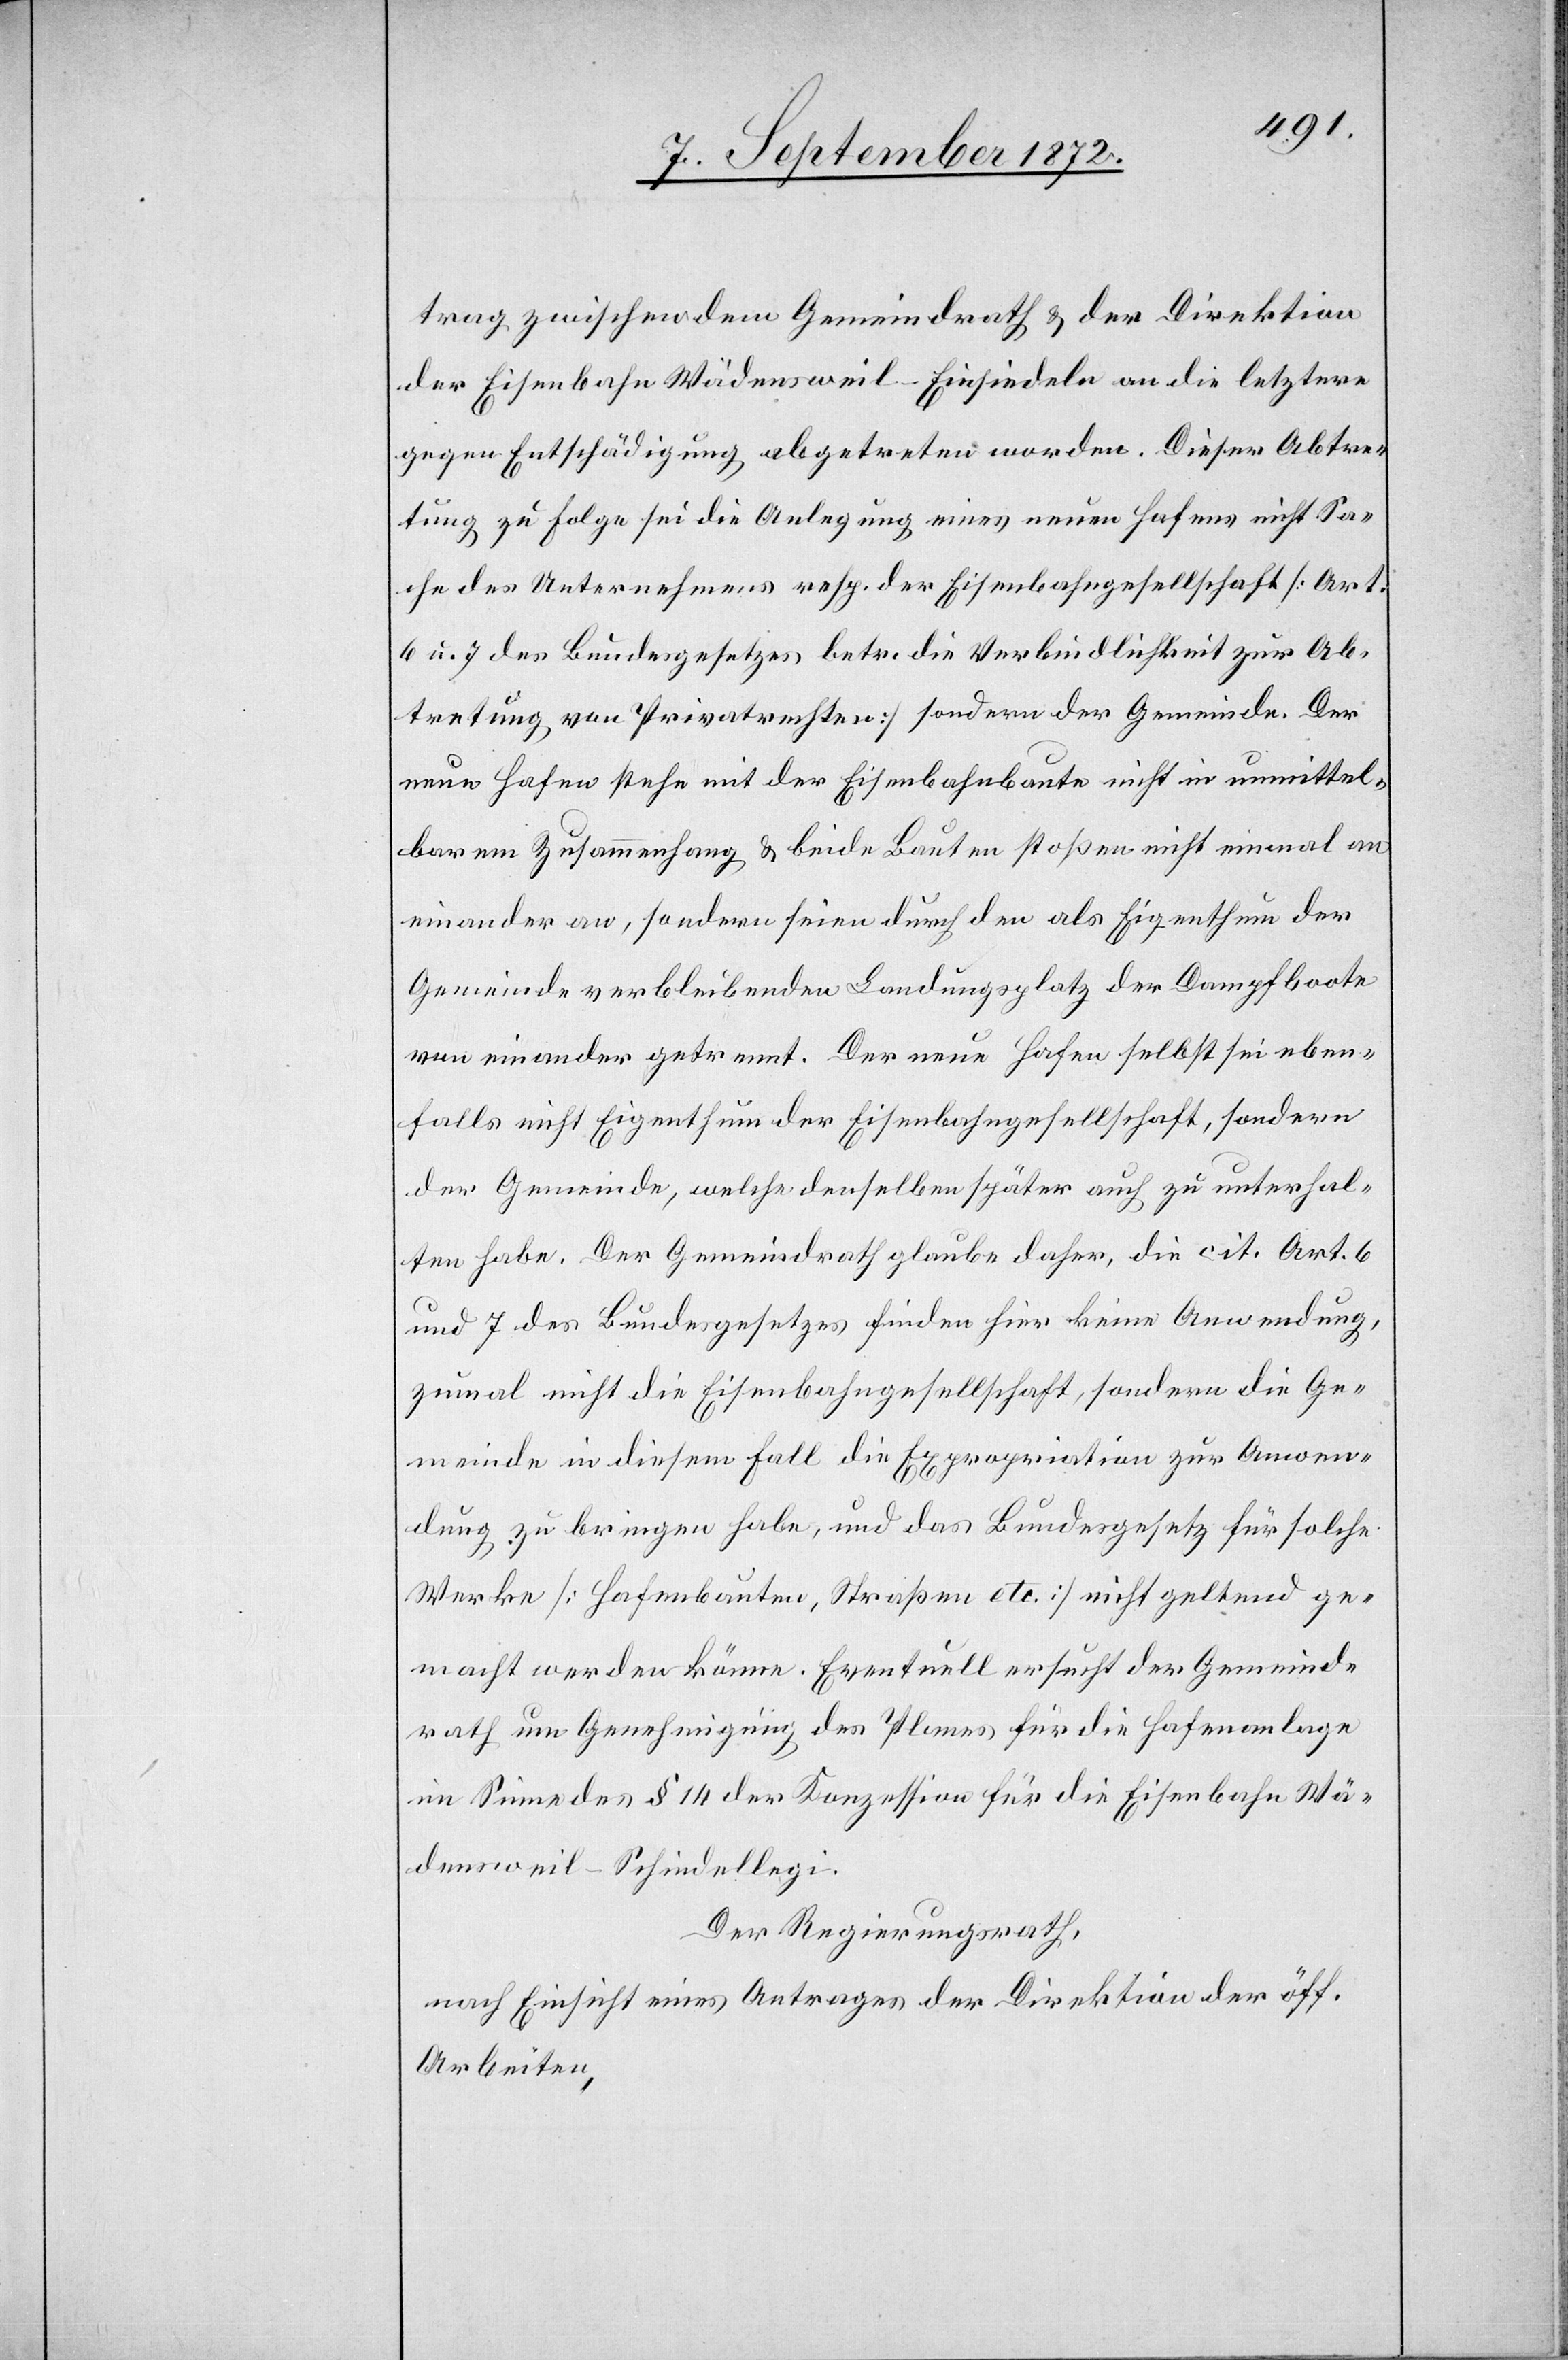
trag zwischen dem Gemeindrath u. der Direktion
der Eisenbahn Wädensweil–Einsiedeln an die letztere
gegen Entschädigung abgetreten worden. Dieser Abtre¬
tung zu Folge sei die Anlegung eines neuen Hafens nicht Sa¬
che des Unternehmens resp. der Eisenbahngesellschaft [Art.
6 u. 7 des Bundesgesetzes betr. die Verbindlichkeit zur Ab¬
tretung von Privatrechten] sondern der Gemeinde. Der
neue Hafen stehe mit der Eisenbahnbaute nicht in unmittel¬
barem Zusammenhang u. beide Bauten stoßen nicht einmal an
einander an, sondern seien durch den als Eigenthum der
Gemeinde verbleibenden Landungsplatz der Dampfboote
von einander getrennt. Der neue Hafen selbst sei eben¬
falls nicht Eigenthum der Eisenbahngesellschaft, sondern
der Gemeinde, welche denselben später auch zu unterhal¬
ten habe. Der Gemeindrath glaube daher, die cit. Art. 6
und 7 des Bundesgesetzes finden hier keine Anwendung,
zumal nicht die Eisenbahngesellschaft, sondern die Ge¬
meinde in diesem Fall die Expropriation zur Anwen¬
dung zu bringen habe, und das Bundesgesetz für solche
Werke [Hafenbauen, Straßen etc.] nicht geltend ge¬
macht werden könne. Eventuell ersucht der Gemeinde¬
rath um Genehmigung des Planes für die Hafenanlage
im Sinne des § 14 der Konzession für die Eisenbahn Wä¬
densweil–Schindellegi.
Der Regierungsrath,
nach Einsicht eines Antrages der Direktion der öff.
Arbeiten,